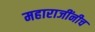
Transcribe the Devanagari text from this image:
महाराजींनीच